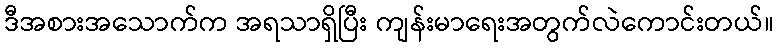
ဒီအစားအသောက်က အရသာရှိပြီး ကျန်းမာရေးအတွက်လဲကောင်းတယ်။